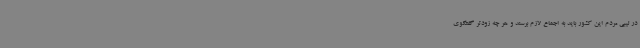
در لیبی مردم این کشور باید به اجماع لازم برسند و هر چه زودتر گفتگوی